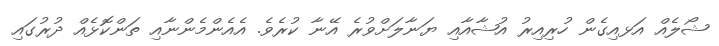
ޝޯލެއް އަޅއިގެން ހުރިއިރު އުޝާއާއި ޔަނާލަށްވުރެ އޭނާ ކުރެވެ. އެއެންމެންނާއި ތަންކޮޅެއް ދުރުގައި